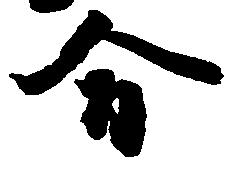
合